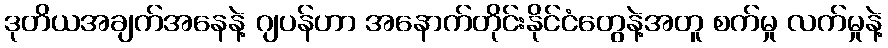
ဒုတိယအချက်အနေနဲ့ ဂျပန်ဟာ အနောက်တိုင်းနိုင်ငံတွေနဲ့အတူ စက်မှု လက်မှုနဲ့